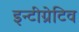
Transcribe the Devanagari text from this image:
इन्टीग्रेटिव